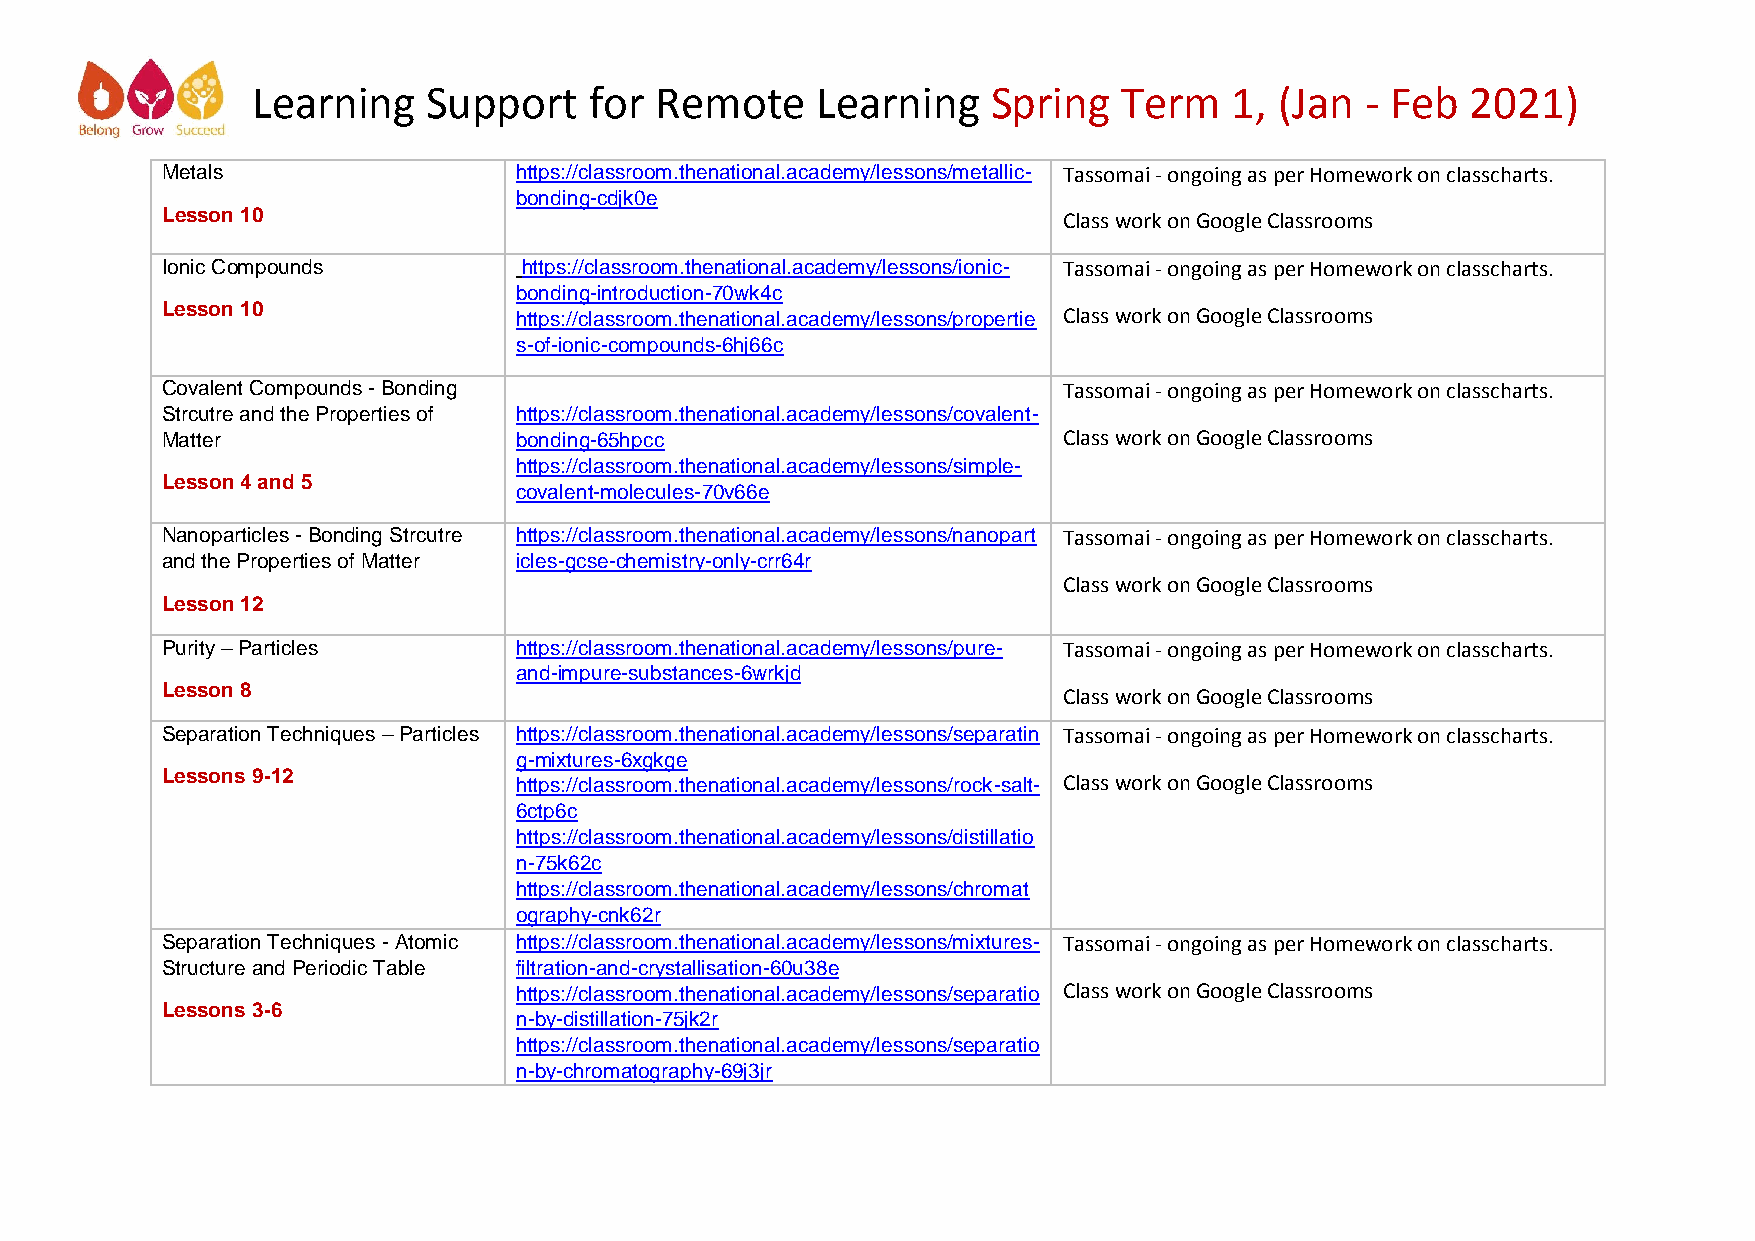
Learning   Support    for Remote     Learning    Spring  Term    1, (Jan - Feb  2021)
 Metals                 https://classroom.thenational.academy/lessons/metallic- Tassomai - ongoing as per Homework on classcharts.
 bonding-cdjk0e
 Lesson 10                                                  Class work on Google Classrooms
 Ionic Compounds         https://classroom.thenational.academy/lessons/ionic- Tassomai - ongoing as per Homework on classcharts.
 bonding-introduction-70wk4c
 Lesson 10              https://classroom.thenational.academy/lessons/propertie Class work on Google Classrooms
 s-of-ionic-compounds-6hj66c
 Covalent Compounds - Bonding                               Tassomai - ongoing as per Homework on classcharts.
 Strcutre and the Properties of https://classroom.thenational.academy/lessons/covalent-
 Matter                 bonding-65hpcc                      Class work on Google Classrooms
 https://classroom.thenational.academy/lessons/simple-
 Lesson 4 and 5
 covalent-molecules-70v66e
 Nanoparticles - Bonding Strcutre https://classroom.thenational.academy/lessons/nanopart Tassomai - ongoing as per Homework on classcharts.
 and the Properties of Matter icles-gcse-chemistry-only-crr64r
 Class work on Google Classrooms
 Lesson 12
 Purity – Particles     https://classroom.thenational.academy/lessons/pure- Tassomai - ongoing as per Homework on classcharts.
 and-impure-substances-6wrkjd
 Lesson 8                                                   Class work on Google Classrooms
 Separation Techniques – Particles https://classroom.thenational.academy/lessons/separatin Tassomai - ongoing as per Homework on classcharts.
 g-mixtures-6xgkge
 Lessons 9-12
 https://classroom.thenational.academy/lessons/rock-salt- Class work on Google Classrooms
 6ctp6c
 https://classroom.thenational.academy/lessons/distillatio
 n-75k62c
 https://classroom.thenational.academy/lessons/chromat
 ography-cnk62r
 Separation Techniques - Atomic https://classroom.thenational.academy/lessons/mixtures- Tassomai - ongoing as per Homework on classcharts.
 Structure and Periodic Table filtration-and-crystallisation-60u38e
 https://classroom.thenational.academy/lessons/separatio Class work on Google Classrooms
 Lessons 3-6
 n-by-distillation-75jk2r
 https://classroom.thenational.academy/lessons/separatio
 n-by-chromatography-69j3jr